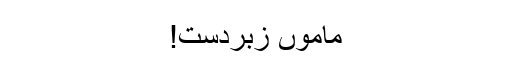
ماموں زبردست!